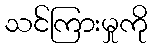
သင်ကြားမှုကို